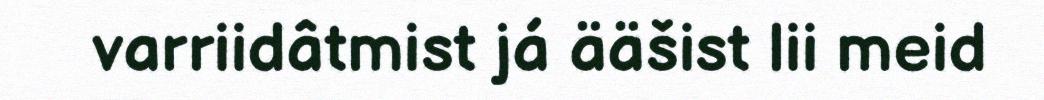
varriidâtmist já ääšist lii meid